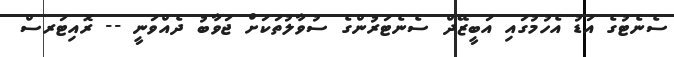
ސެނެޓުގެ އަޑު އެހުމުގައި އަބީޒޭދް ސެނެޓަރުންގެ ސުވާލުތަކަށް ޖަވާބު ދެއްްވަނީ -- ރޮއިޓަރސް